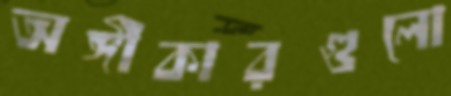
অঙ্গীকারগুলো